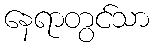
နေရာတွင်သာ